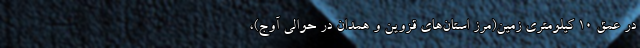
در عمق ۱۰ کیلومتری زمین(مرز استان‌های قزوین و همدان در حوالی آوج)،